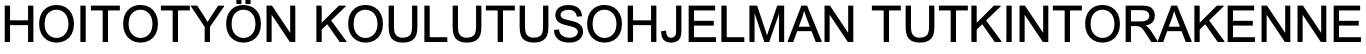
HOITOTYÖN  KOULUTUSOHJELMAN  TUTKINTORAKENNE